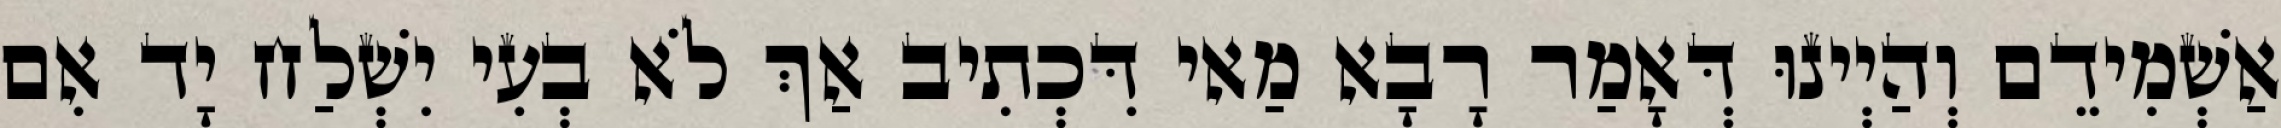
אַשְׁמִידֵם וְהַיְינוּ דְּאָמַר רָבָא מַאי דִּכְתִיב אַךְ לֹא בְעִי יִשְׁלַח יָד אִם